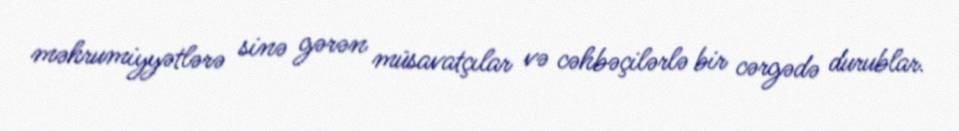
məhrumiyyətlərə sinə gərən müsavatçılar və cəhbəçilərlə bir cərgədə durublar.